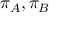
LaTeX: \pi _ { A } , \pi _ { B }